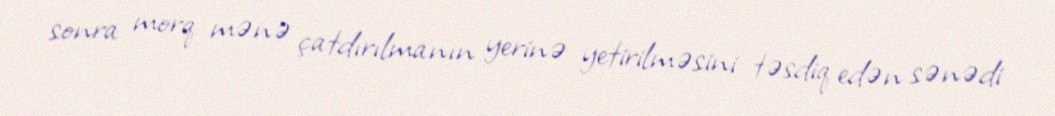
sonra morq mənə çatdırılmanın yerinə yetirilməsini təsdiq edən sənədi